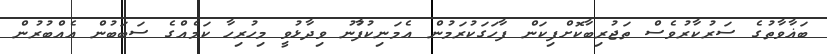
ބަޣާވާތުގެ ސަރުކާރުވެސް ތަޖުރިބާކޮށްފިކަން ފާހަގަކުރަމުން އެމަނިކުފުާނު ވިދާޅުވީ މިހުރިހާ ކަމެއްގެ ސަބަބުން އެއްބުރުން